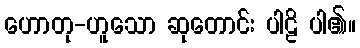
ဟောတု-ဟူသော ဆုတောင်း ပါဠိ ပါ၏။